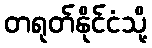
တရုတ်နိုင်ငံသို့